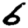
Digit: 6